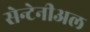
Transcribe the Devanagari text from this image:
सेन्टेनीअल